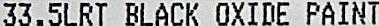
33.5LRT BLACK OXIDE PAINT